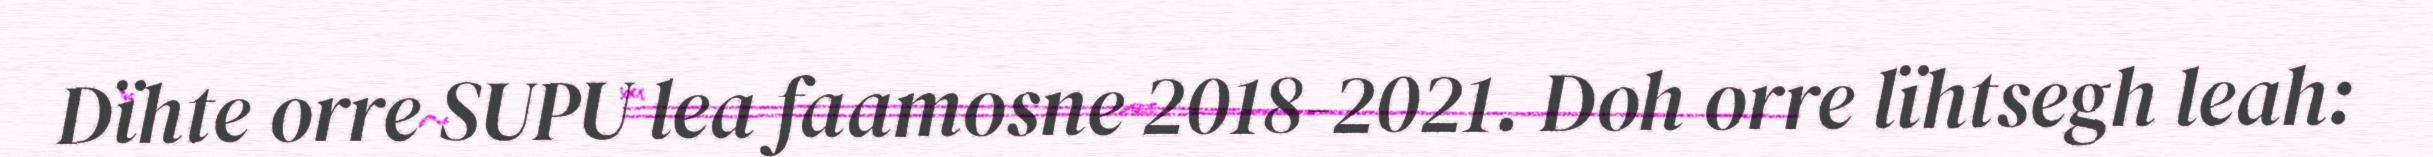
Dïhte orre SUPU lea faamosne 2018-2021. Doh orre lïhtsegh leah: